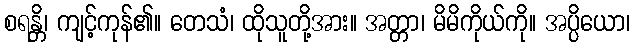
စရန္တိ၊ ကျင့်ကုန်၏။ တေသံ၊ ထိုသူတို့အား။ အတ္တာ၊ မိမိကိုယ်ကို။ အပ္ပိယော၊